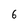
Character: 6